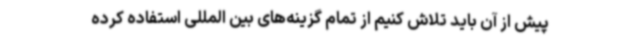
پیش از آن باید تلاش کنیم از تمام گزینه‌های بین المللی استفاده کرده